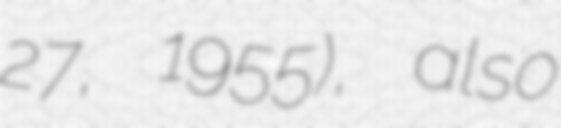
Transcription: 27, 1955), also